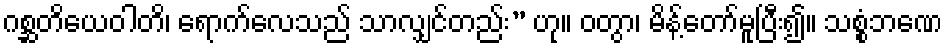
ဂစ္ဆတိယေဝါတိ၊ ရောက်လေသည် သာလျှင်တည်း” ဟု။ ဝတွာ၊ မိန့်တော်မူပြီး၍။ သစ္စံဘဏေ